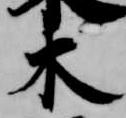
木